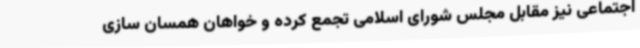
اجتماعی نیز مقابل مجلس شورای اسلامی تجمع کرده و خواهان همسان سازی